Election expenses, 1914, 1914
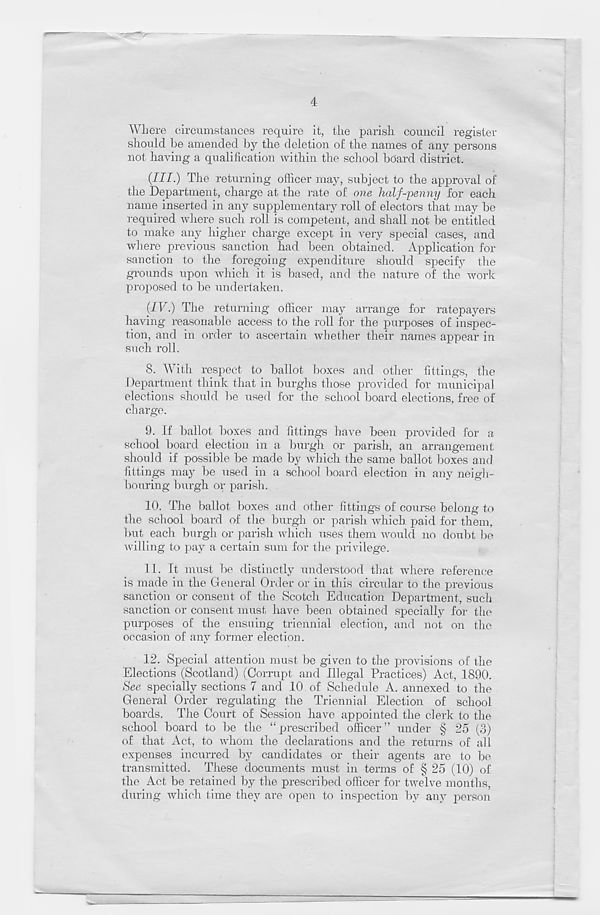
4
Where circumstances require it, the parish council register
should he amended by the deletion of the names of any persons
not having a qualification within the school board district.
(III.) The returning officer may, subject to the approval of
the Department, charge at the rate of one half-penny for each
name inserted in any supplementary roll of electors that may be
required where such roll is competent, and shall not be entitled
to make any higher charge except in very special cases, and
where previous sanction had been obtained. Application for
sanction to the foregoing expenditure should specify the
grounds upon which it is based, and the nature of the work
proposed to be undertaken.
(IV.) The returning officer may arrange for ratepayers
having reasonable access to the roll for the purposes of inspec-
tion, and in order to ascertain whether their names appear in
such roll.
8. With respect to ballot boxes and other fittings, the
Department think that in burghs those provided for municipal
elections should be used for the school board elections, free of
charge.
9. If ballot boxes and fittings have been provided for a
school board election in a burgh or parish, an arrangement
should if possible be made by which the same ballot boxes and
fittings may be used in a school board election in any neigh-
bouring burgh or parish.
10. The ballot boxes and other fittings of course belong to
the school board of the burgh or parish which paid for them,
but each burgh or parish which uses them would no doubt be
willing to pay a certain sum for the privilege.
11. It must be distinctly understood that where reference
is made in the General Order or in this circular to the previous
sanction or consent of the Scotch Education Department, such
sanction or consent must have been obtained specially for the
purposes of the ensuing triennial election, and not on the
occasion of any former election.
12. Special attention must be given to the provisions of the
Elections (Scotland) (Corrupt and Illegal Practices) Act, 1890.
See specially sections 7 and 10 of Schedule A. annexed to the
General Order regulating the Triennial Election of school
boards. The Court of Session have appointed the clerk to the
school board to be the “ prescribed officer ” under § 25 (3)
of that Act, to whom the declarations and the returns of all
expenses incurred by candidates or their agents are to be
transmitted. These documents must in terms of § 25 (10) of
the Act be retained by the prescribed officer for twelve months,
during which time they are open to inspection by any person